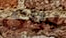
براي